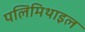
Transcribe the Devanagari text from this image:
पलिमिथाइल